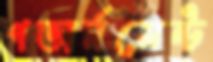
গভার্নমেন্ট